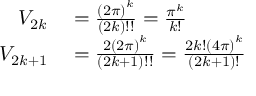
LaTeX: \begin{array} { r l } { V _ { 2 k } } & { { } = { \frac { \left( 2 \pi \right) ^ { k } } { ( 2 k ) ! ! } } = { \frac { \pi ^ { k } } { k ! } } } \\ { V _ { 2 k + 1 } } & { { } = { \frac { 2 \left( 2 \pi \right) ^ { k } } { ( 2 k + 1 ) ! ! } } = { \frac { 2 k ! \left( 4 \pi \right) ^ { k } } { ( 2 k + 1 ) ! } } } \end{array}